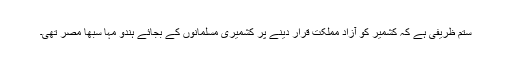
ستم ظریفی ہے کہ کشمیر کو آزاد مملکت قرار دینے پر کشمیری مسلمانوں کے بجائے ہندو مہا سبھا مصر تھی۔